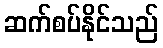
ဆက်စပ်နိုင်သည်